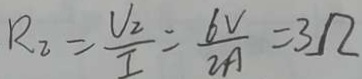
R _ { 2 } = \frac { V _ { 2 } } { I } = \frac { 6 V } { 2 A } = 3 . \Omega